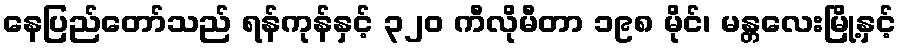
နေပြည်တော်သည် ရန်ကုန်နှင့် ၃၂၀ ကီလိုမီတာ ၁၉၈ မိုင်၊ မန္တလေးမြို့နှင့်